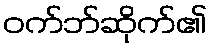
ဝက်ဘ်ဆိုက်၏